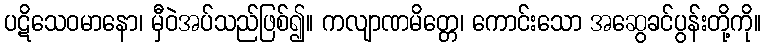
ပဋိသေဝမာနော၊ မှီဝဲအပ်သည်ဖြစ်၍။ ကလျာဏမိတ္တေ၊ ကောင်းသော အဆွေခင်ပွန်းတို့ကို။